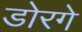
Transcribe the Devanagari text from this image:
डोरगे